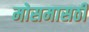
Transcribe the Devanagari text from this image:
मोसमासठी